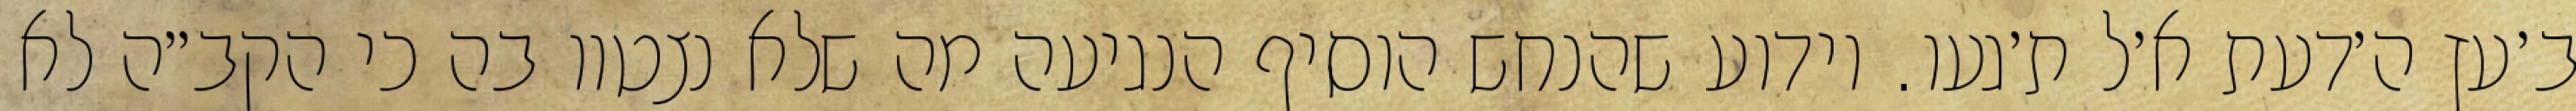
ב׳עץ ה׳דעת א׳ל ת׳געו. וידוע שהנחש הוסיף הנגיעה מה שלא נצטוו בה כי הקב״ה לא